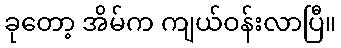
ခုတော့ အိမ်က ကျယ်ဝန်းလာပြီ။